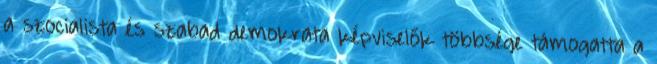
a szocialista és szabad demokrata képviselők többsége támogatta a